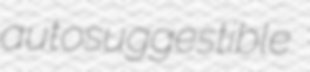
autosuggestible